Vana-Kasaritsa_(Kasaritsa)_vallavalitsus, lk 9
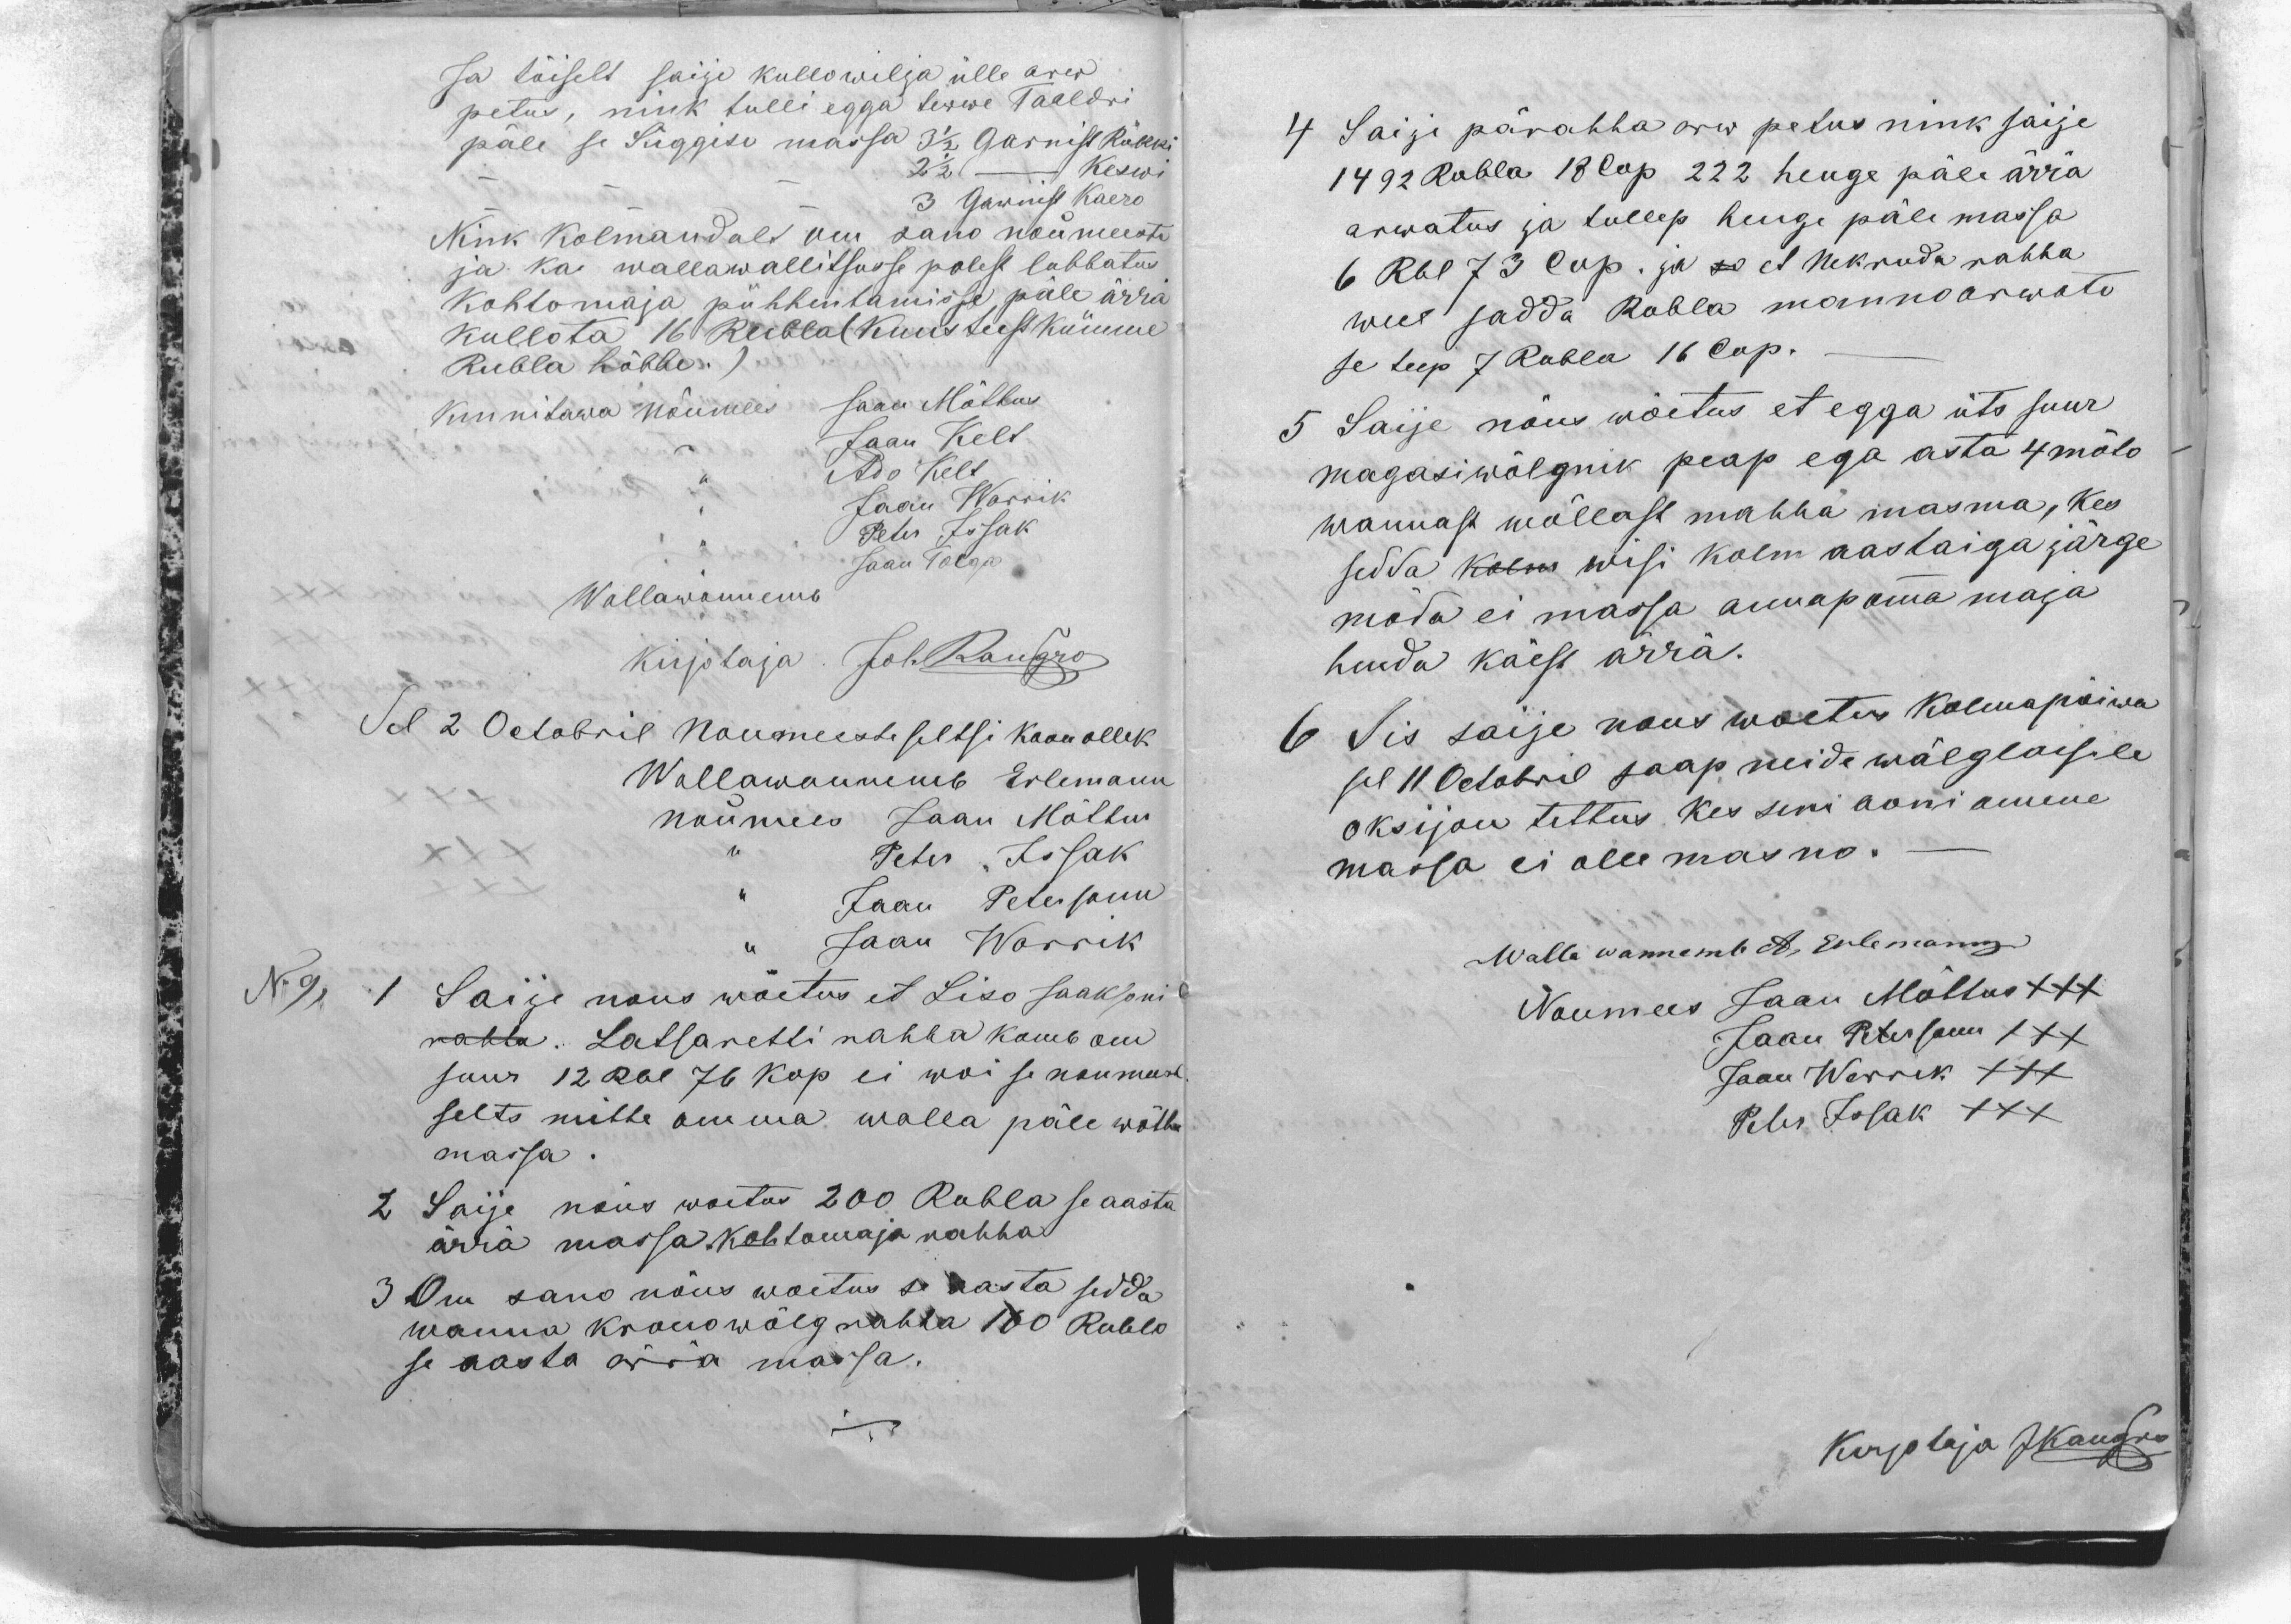
Ja täiselt saije kullowilja ülle arw
petus, nink tulli egga terwe Taaldri
päle se Süggise massa 3 1/2 Garnist Rukki
- - - 2 1/2 - Keswi
- - - 3 Garnist Kaero
Nink Kolmandalt om sano nõumeeste
ja ka wallawallitsusse polest lubbatus
Kohtomaja pühhentamisse päle ärra
kullota 16 Rubla (kuusteest kümme
Rubla hõbbe.)
Kinnitawa nõumees Jaan Mõttus
,, Jaan Kelt
,, Ado Kelt
,, Jaan Warrik
,, Peter Issak
,, Jaan Tolga
Wallawannemb
Kirjotaja Joh. Kangro
Sel 2 Octobril Noumeeste seltsi koonollek
Wallawannemb Erlemann
nõumees Jaan Mõttus
Peter Issak
Jaan Petersonn
Jaan Worrik
No 9,
1 Saije nous wõetus et Liso Jaaksoni
rahha. Latsaretti rahha kamb om
suur 12 Rbl 76 kop ei woi se noumeest
selts mitte omma walla päle wõtta
massa.
2 Saije nõus woetus 200 Rubla se aasta
ärra massa kohtamaja rahha
3 Om sano nõus woetus sa aasta sedda
wanna kronowõlg rahha 160 Rubla
se aasta ärra massa.

4 Saije pärahha arw petus nink saije
1492 Rubla 18 Cop 222 henge päle ärra
arwatus ja tullep henge päle massa
6 Rbl 73 Cop. ja so et Nekruda rahha
weel sadda Rubla manno arwate
se teep 7 Rubla 16 Cop.-
5 Saije nõus wõetus et egga üts suur
magasiwõlgnik peap ega asta 4 mõto
wannast wõllast mahha masma, kes
sedda kolm wisi kolm aastaiga järge
möda ei massa annap omma maja
henda käest ärra.
6 Sis saije nous woetus kolmapäiwa
sel 11 Octobril saap neide wõlglaisile
oksijon tettus kes seni aani omma
masso ei olle masno.
Walla wannemb A, Erlemann
Noumees Jaan Mõttus XXX
Jaan Petersonn XXX
Jaan Warrik XXX
Peter Issak XXX
Kirjotaja JKangro